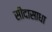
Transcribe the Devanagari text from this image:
सीदासाधा